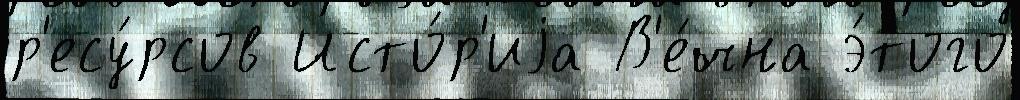
р'есу́рсов Исто́р'иjа В'е́чна э́того